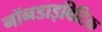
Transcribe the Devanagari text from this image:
नॉनडाइबिटिक